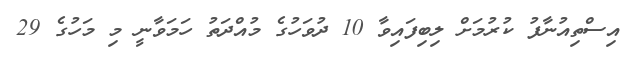
އިސްތިއުނާފު ކުރުމަށް ލިބިފައިވާ 10 ދުވަހުގެ މުއްދަތު ހަމަވާނީ މި މަހުގެ 29